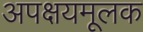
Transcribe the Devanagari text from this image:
अपक्षयमूलक